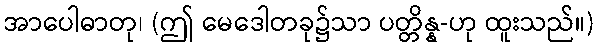
အာပေါဓာတု၊ (ဤ မေဒေါတခု၌သာ ပတ္တိန္န-ဟု ထူးသည်။)